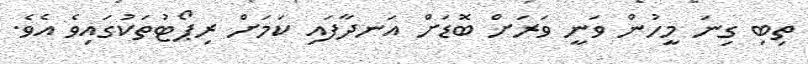
ތިބި ގިނަ މީހުން ވަނީ ވަރަށް ބޮޑަށް އަނދާފައި ކަމަށް ރިޕޯޓުތަކުގައިވެ އެވެ.